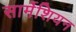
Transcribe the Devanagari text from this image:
सार्मेशियन